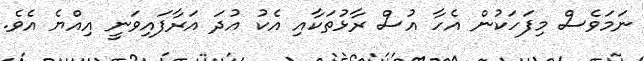
ނަމަވެސް މިފަހަކުން އެހާ އުސް ރާޅުތަކާއި އެކު އުދަ އަރާފައިވަނީ އިއްޔެ އެވެ.